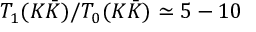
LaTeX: T _ { 1 } ( K \bar { K } ) / T _ { 0 } ( K \bar { K } ) \simeq 5 - 1 0